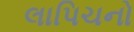
લાપિચનો